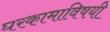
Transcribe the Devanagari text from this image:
घरकामाविषयी